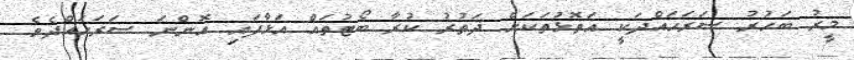
މީރު ބަހުރު ސަރަހައްދަކީ އަތޮޅުތަކަށް ދަތުރު ކުރާ ބޯޓުތައް އަޅާފައި އޮންނަ ސަރަހައްދެވެ.